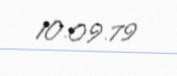
10.09.79